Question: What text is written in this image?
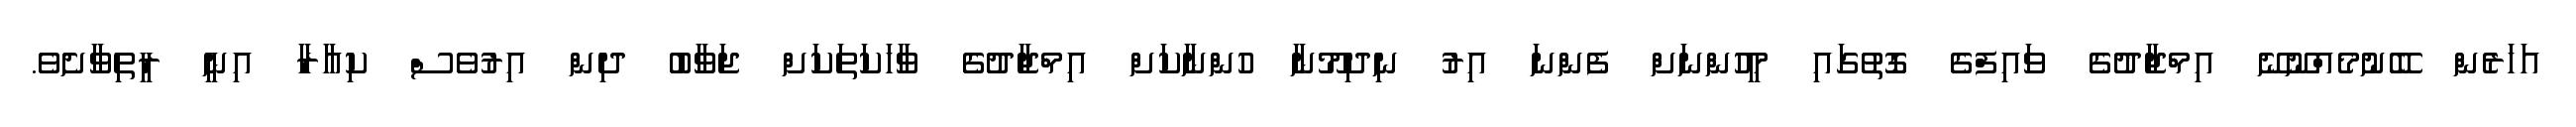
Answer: އަހަރެން ބޭނުމެއްނޫނޭ އިމްޖާދުގެ ވައިފްގެ ގޮތުގައި މީހުންނަށް ފެންނަ އިރު ނިދިމޫނާ ހުންނާކަށް އިމްޖާދުގެ ވާހަކަތަކަށް ޖަވާބު ދިން އިރުވެސް ކިއާރާ އިނީ ރީތިވާށެވެ.